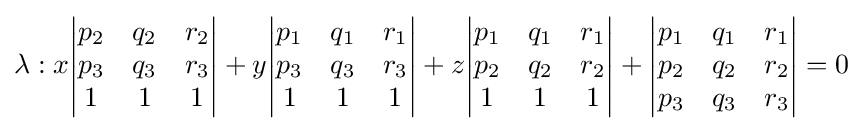
\lambda :x{\begin{vmatrix}p_{2}&q_{2}&r_{2}\\p_{3}&q_{3}&r_{3}\\1&1&1\end{vmatrix}}+y{\begin{vmatrix}p_{1}&q_{1}&r_{1}\\p_{3}&q_{3}&r_{3}\\1&1&1\end{vmatrix}}+z{\begin{vmatrix}p_{1}&q_{1}&r_{1}\\p_{2}&q_{2}&r_{2}\\1&1&1\end{vmatrix}}+{\begin{vmatrix}p_{1}&q_{1}&r_{1}\\p_{2}&q_{2}&r_{2}\\p_{3}&q_{3}&r_{3}\end{vmatrix}}=0